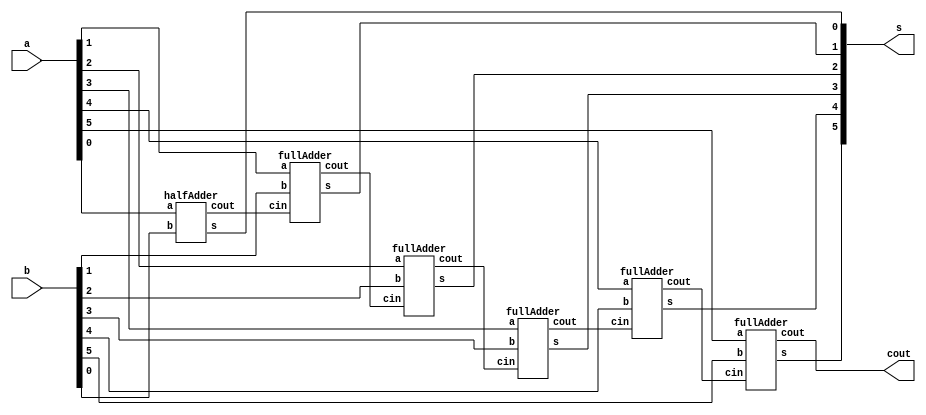
// ------------------------- 
// Exemplo0031 - FULL ADDER AND SUBSTRACTOR 
// Nome: Silvino Henrique Santos de Souza
// ------------------------- 
// ------------------------- 
// full adder & subtractor
// ------------------------- 


module Exercicio01(cout, s, a, b);
//-----definir dados
	output[5:0] s;
	output cout;
	input[5:0] a, b;
	wire fio1, fio2, fio3,fio4,fio5;

	halfAdder HALFADDER1(fio1, s[0], a[0], b[0]);
	fullAdder FULLADDER1(fio2, s[1], fio1, a[1], b[1]);
	fullAdder FULLADDER2(fio3, s[2], fio2, a[2], b[2]);
	fullAdder FULLADDER3(fio4, s[3], fio3, a[3], b[3]);
	fullAdder FULLADDER4(fio5, s[4], fio4, a[4], b[4]);
	fullAdder FULLADDER5(cout, s[5], fio5, a[5], b[5]);
	
endmodule// fim exercicio01

module fullAdder(cout, s, cin, a, b);
	output cout, s;
	input cin, a, b;
	wire fio1, fio2, fio3;
	halfAdder HALFADDER1(fio2, fio1, a, b);
	halfAdder HALFADDER2(fio3, s, fio1, cin);
	or OR1(cout, fio3, fio2);
endmodule // fim full adder

module halfAdder(cout, s, a, b);
	output cout, s;
	input a, b;
	xor XOR1(s, a, b);
	and AND1(cout, a, b);
endmodule //fim half adder 

module testeExercicio01;
	reg[5:0] a, b;
	wire[5:0] s;
	wire cout;
	
	Exercicio01 FULL(cout, s, a, b);
	
	initial begin
	
	a=101101;
	b=010010;
	
	$display("Exercicio 02 - Silvino Henrique Santos de Souza - 412773");
	$display("Verificar de resultado da operacao = 0");
	
	begin
	 	
	if(s == 000000)
	$display("= 0? sim");
	else
	$display("= 0? nao");
	end
	
	a=000000;
	b=000000;
	
	begin
	 	
	if(a == 0 && b == 0)
	$display("= 0? sim");
	else
	$display("= 0? nao");
	end


	end
	endmodule//---- fim exercicio01